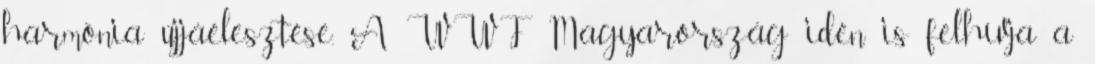
harmónia újjáélesztése. A WWF Magyarország idén is felhívja a